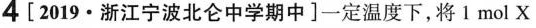
4[2019\cdot 浙江宁波北仑中学期中]一定温度下，将1mol X